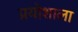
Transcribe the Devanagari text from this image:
प्रयोशाला